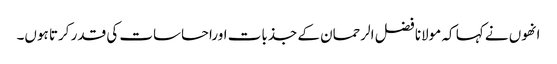
انھوں نے کہا کہ مولانا فضل الرحمان کے جذبات اوراحساسات کی قدر کرتا ہوں۔